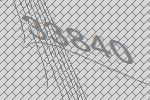
33840